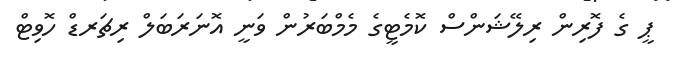
ޕީ ގެ ފޮރިން ރިލޭޝަންސް ކޮމެޓީގެ މެމްބަރުން ވަނީ އޮނަރަބަލް ރިޗަރޑް ހޮވިޓް